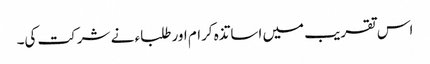
اس تقریب میں اساتذہ کرام اور طلباء نے شرکت کی۔